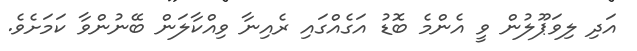
އަދި ލިވަޕޫލުން ވީ އެންމެ ބޮޑު އަގެއްގައި ރެއިނާ ވިއްކާލަން ބޭނުންވާ ކަމަށެވެ.